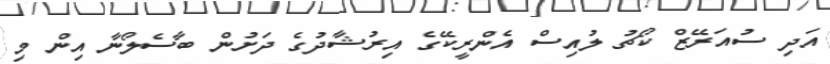
އަދި ސުއަރޭޒް ކޯޗު ލުއިސް އެންރީކޭގެ އިރުޝާދުގެ ދަށުން ބާސެލޯނާ އިން މި